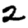
Digit: 2